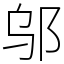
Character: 邬